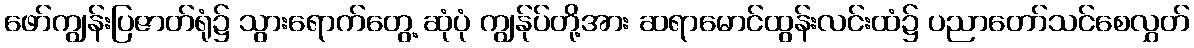
ဖော်ကျွန်းပြဇာတ်ရုံ၌ သွားရောက်တွေ့ ဆုံပုံ ကျွန်ုပ်တို့အား ဆရာမောင်ထွန်းလင်းထံ၌ ပညာတော်သင်စေလွှတ်